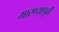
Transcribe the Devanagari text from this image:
मारण्यापूर्वी